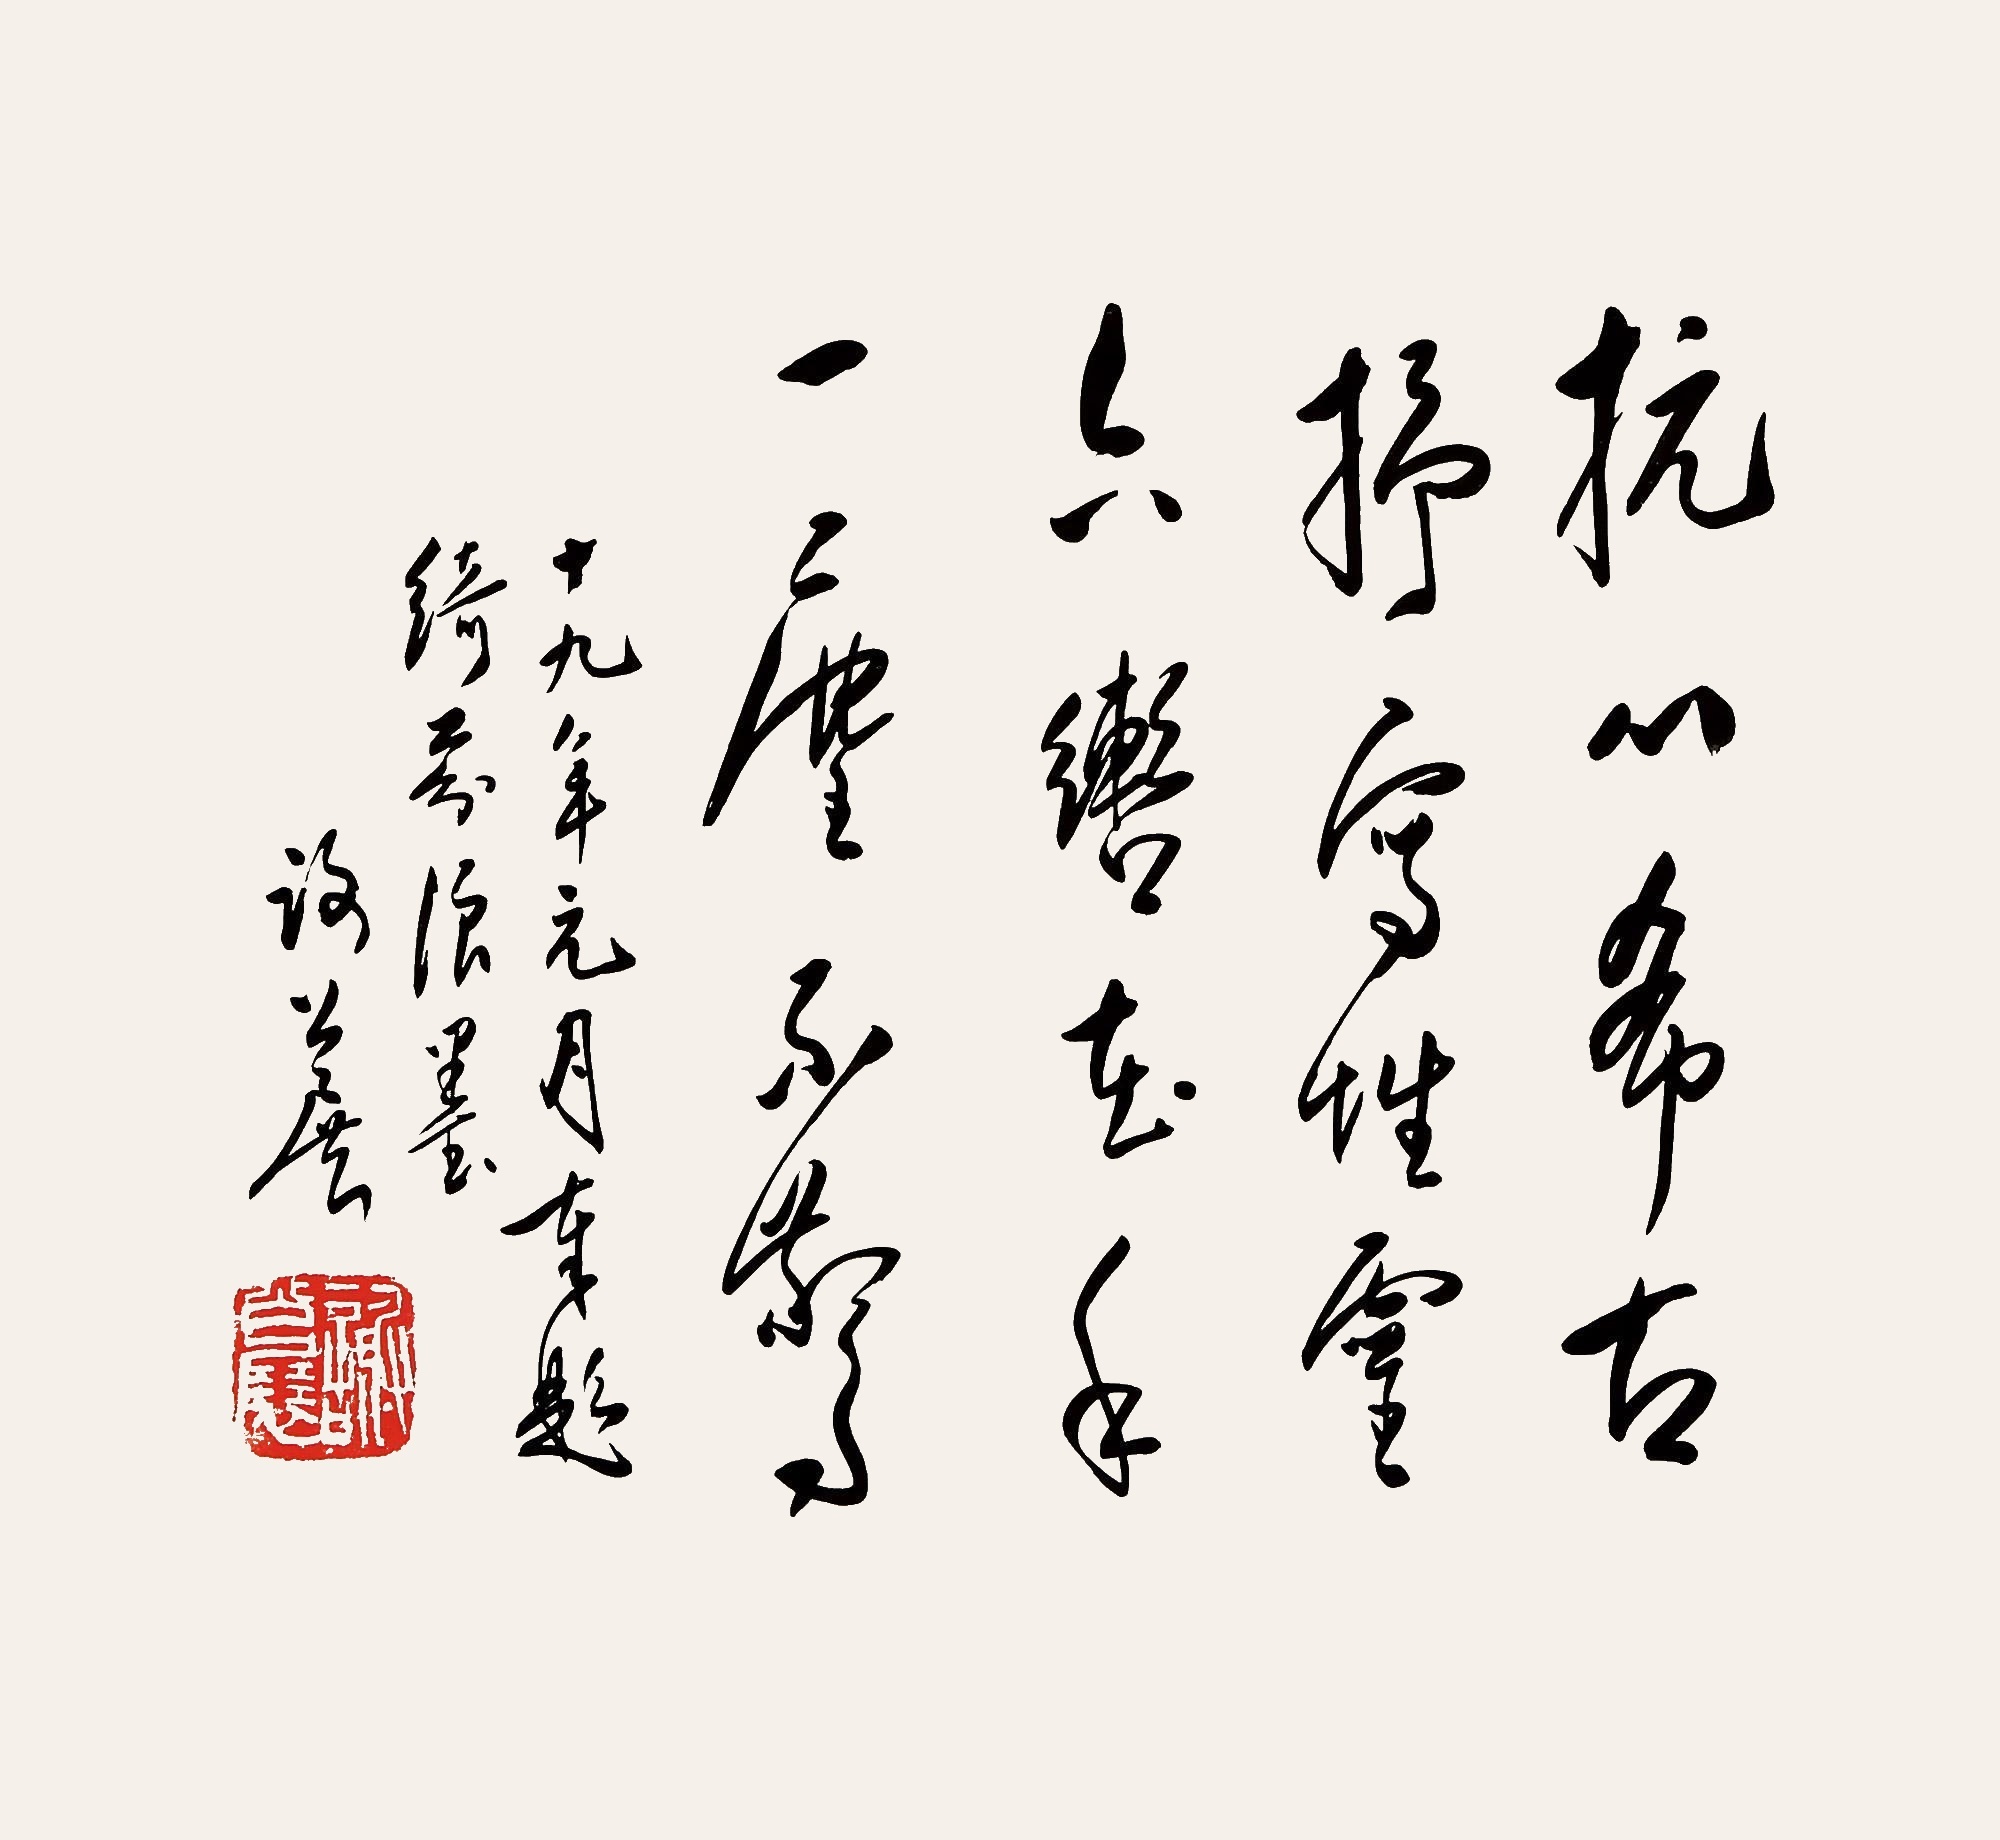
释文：杭心希古，抒写性灵，六辔在手，一尘不染。十九年元月奉题绮芬浪墨，谢公展。